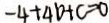
- 4 + 4 b + c = 0